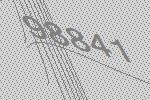
98841